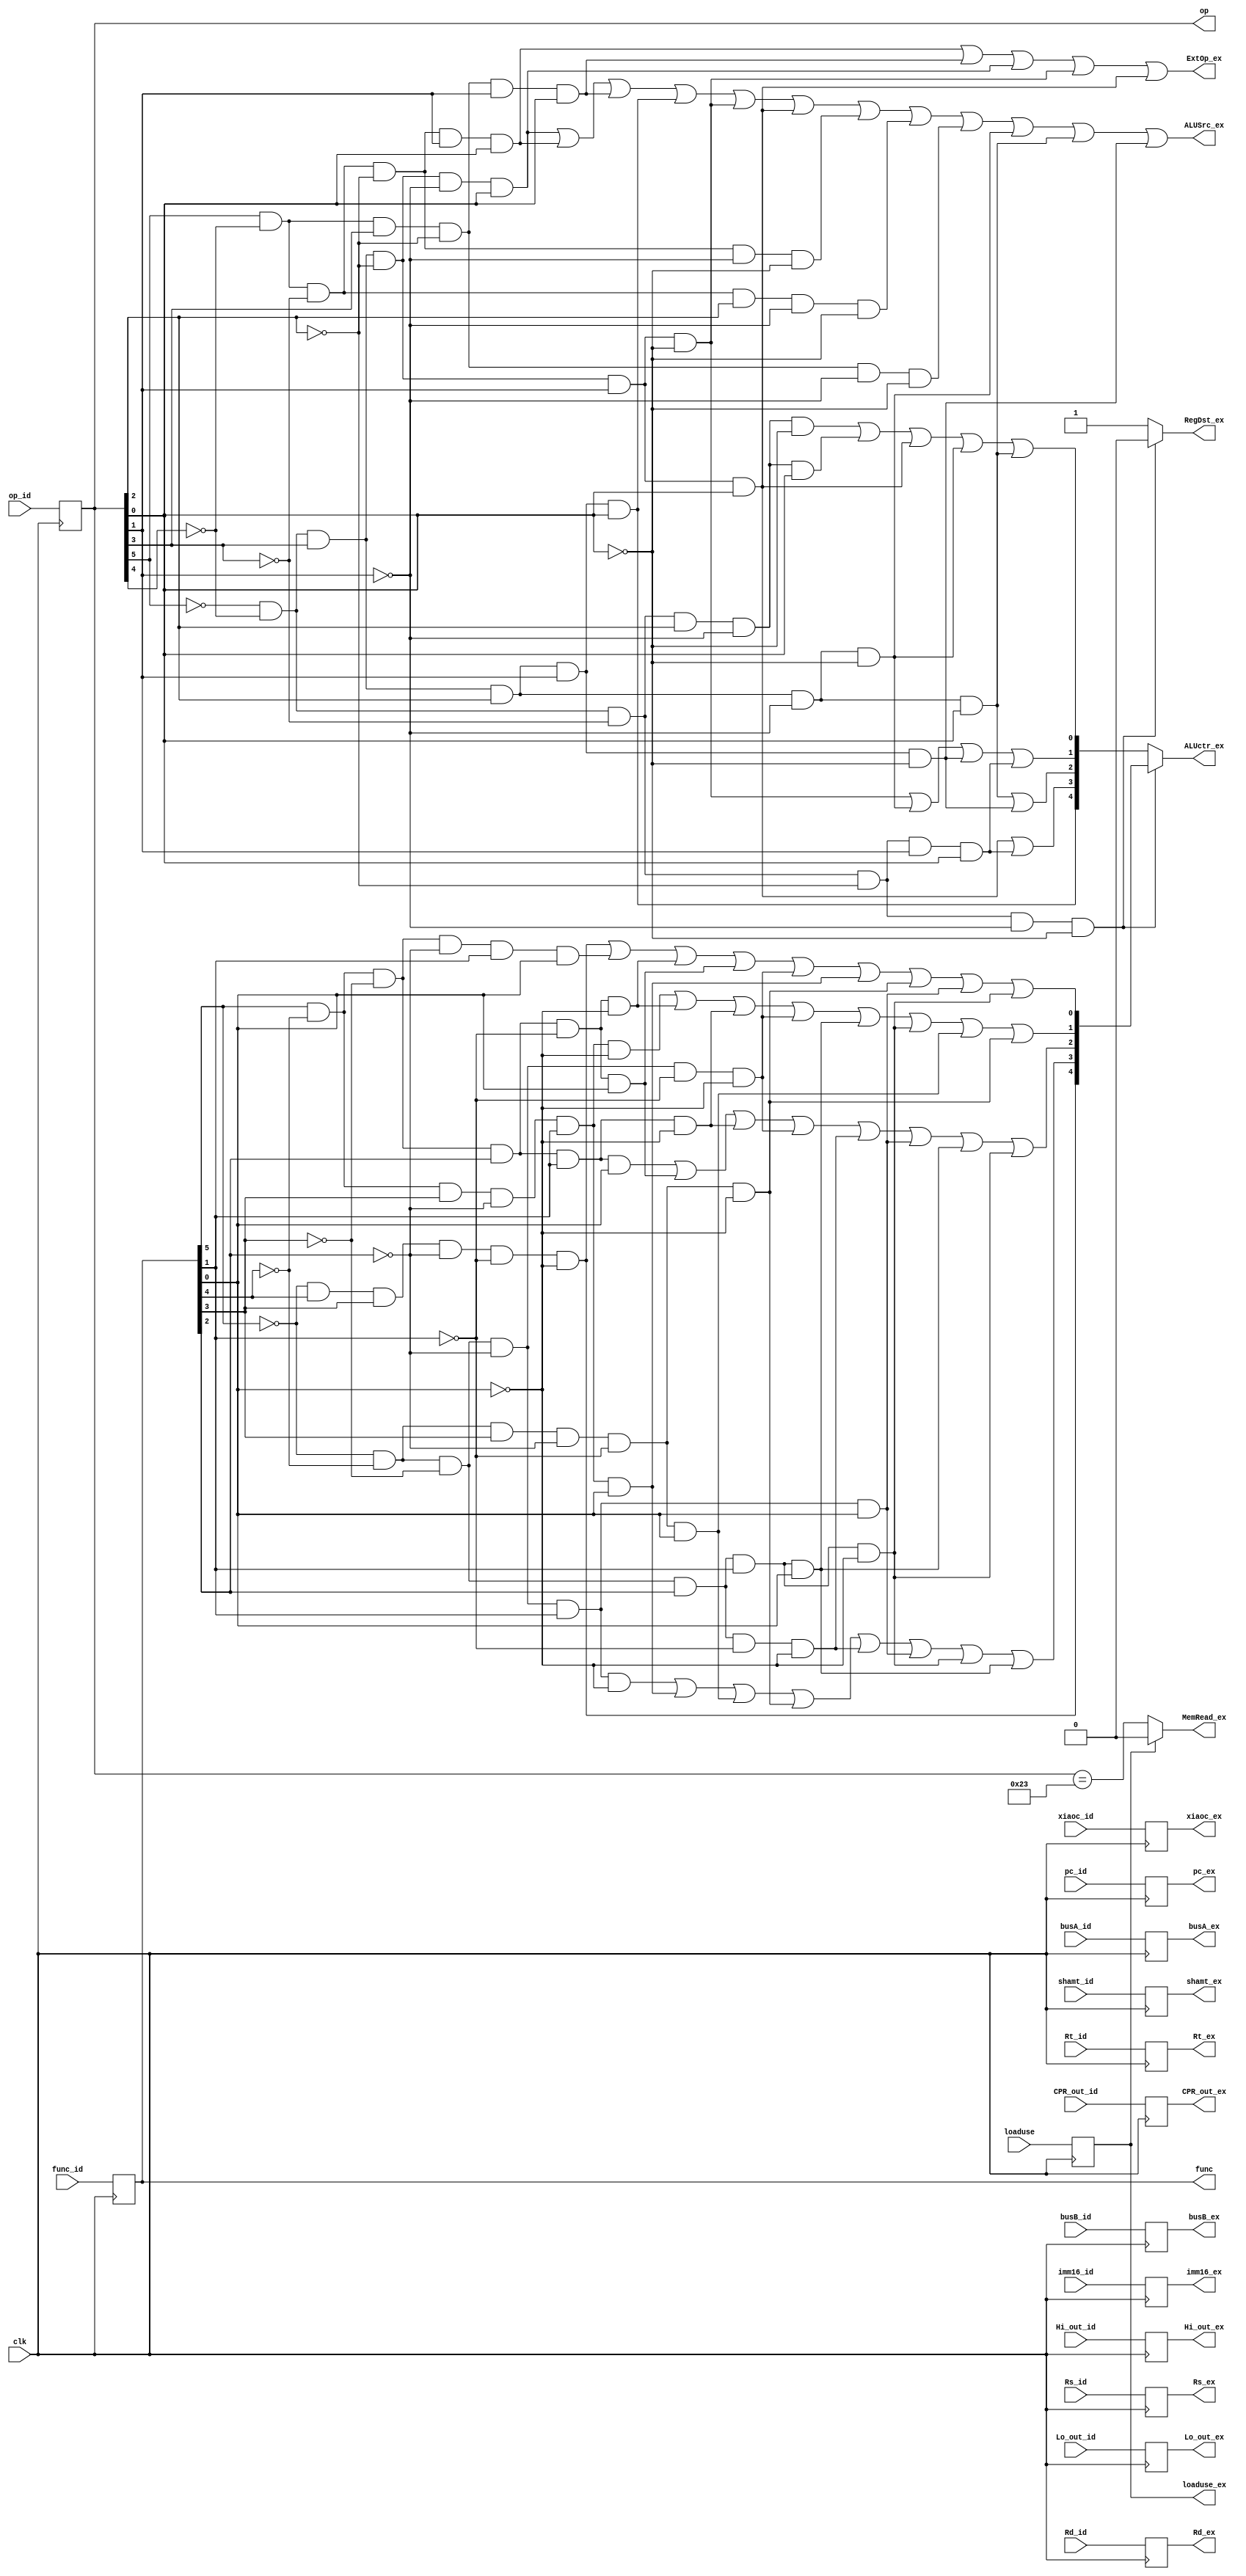
module IDEX_P(input clk,
input [31:0]pc_id,
input xiaoc_id,
input loaduse, 


input [31:0]busA_id,
input [31:0] busB_id,
                        //
input [31:0] Lo_out_id,
input [31:0] Hi_out_id,
input [31:0] CPR_out_id,
input [5:0]  op_id,
input [5:0] func_id,
input [4:0] Rs_id,
input [4:0] Rt_id,
input [4:0] Rd_id,
input [4:0] shamt_id,
input [15:0] imm16_id,

output reg [5:0]  op,
output reg [5:0] func,




output [4:0] ALUctr_ex,
output reg [31:0] busA_ex,
output reg [31:0] busB_ex,
output reg loaduse_ex,
output reg [4:0] shamt_ex,

output  reg  [4:0] Rs_ex,
output reg  [4:0] Rt_ex,
output  reg [4:0] Rd_ex,
output ExtOp_ex,
output RegDst_ex,
output reg MemRead_ex ,
output reg [15:0]imm16_ex,
output ALUSrc_ex,

output reg xiaoc_ex,
output reg [31:0]pc_ex, //
output reg [31:0] Lo_out_ex,
output reg [31:0] Hi_out_ex,
output reg [31:0] CPR_out_ex
);



wire [4:0] funcop,ALUop;
wire Rtype;


assign funcop[0]=(!func[5]&func[4]&func[3]&!func[2]&!func[1]&!func[0])|(func[5]&!func[4]&!func[3]&!func[2]&func[1]&func[0])|(func[5]&!func[4]&!func[3]&func[2]&!func[1]&!func[0])|(func[5]&!func[4]&!func[3]&func[2]&!func[1]&func[0])|(!func[5]&!func[4]&!func[3]&!func[2]&!func[1]&!func[0])|(func[5]&!func[4]&func[3]&!func[2]&func[1]&func[0])|(!func[5]&!func[4]&func[3]&!func[2]&!func[1]&!func[0])|(!func[5]&!func[4]&!func[3]&!func[2]&func[1]&func[0])|(!func[5]&!func[4]&!func[3]&func[2]&func[1]&!func[0]);
assign funcop[1]=(func[5]&!func[4]&func[3]&!func[2]&func[1]&!func[0])|(func[5]&!func[4] &!func[3]&func[2]&!func[1]&!func[0])|(func[5]&!func[4]&!func[3]&func[2]&func[1]& !func[0])|(!func[5]&!func[4]&!func[3]&!func[2]&!func[1]&!func[0])|(!func[5]&!func[4]&!func[3]&func[2]&func[1]&func[0])|(!func[5]&!func[4]&!func[3]&func[2]&func[ 1]&!func[0])|(!func[5]&!func[4]&func[3]&!func[2]&!func[1]&func[0])|(!func[5]&!func[4]&func[3]&!func[2]&!func[1]&!func[0]); 
assign funcop[2]=(func[5]&!func[4]&!func[3]&func[2]&func[1]&func[0])|(func[5]&!func[4]&!func[3]&func[2]&!func[1]&func[0])|(func[5]&!func[4]&!func[3]&func[2]&func[1]&!func[0])|(!func[5]&!func[4]&!func[3]&!func[2]&!func[1]&!func[0])|(!func[5]&!func[4]&!func[3]&func[2]&!func[1]&!func[0])|(!func[5]&!func[4]&!func[3]&!func[2]&func[1]&func[0])|(!func[5]&!func[4]&!func[3]&func[2]&func[1]&func[0])|(!func[5]&!func[4]&!func[3]&func[2]&func[1]&!func[0]);
assign funcop[3]=(!func[5]&!func[4]&!func[3]&!func[2]&func[1]&!func[0])|(func[5]&!func[4]&func[3]&!func[2]&func[1]&func[0])|(!func[5]&!func[4]&func[3]&!func[2]&!func[1]&func[0])|(!func[5]&!func[4]&func[3]&!func[2]&!func[1]&!func[0])|(!func[5]&!func[4]&!func[3]&func[2]&!func[1]&!func[0])|(!func[5]&!func[4]&!func[3]&!func[2]&func[1]&func[0])|(!func[5]&!func[4]&!func[3]&func[2]&func[1]&!func[0])|(!func[5]&!func[4]&!func[3]&func[2]&func[1]&func[0]);
assign funcop[4]=!func[5]&func[4]&func[3]&!func[2]&!func[1]&!func[0];//

assign Rtype=!op[5]&!op[4]&!op[3]&!op[2]&!op[1]&!op[0];   
assign ALUop[0]=(!op[5]&!op[4]&!op[3]&op[2]&!op[1]&!op[0])|(!op[5]&!op[4]&!op[3]&op[2]& !op[1]&op[0])|(!op[5]&!op[4]&op[3]&!op[2]&op[1]&op[0])|(!op[5]&!op[4]&op[3]&op[2 ]&!op[1]&!op[0])|(!op[5]&!op[4]&op[3]&op[2]&!op[1]&op[0]); 
assign ALUop[1]=(!op[5]&!op[4]&op[3]&!op[2]&op[1]&!op[0])|(!op[5]&!op[4]&op[3]&op[2]&!op[1]&!op[0])|(!op[5]&!op[4]&op[3]&op[2]&op[1]&!op[0])|(!op[5]&!op[4]&!op[3]&!op[2]&op[1]&op[0]);
assign ALUop[2]=(!op[5]&!op[4]&op[3]&op[2]&!op[1]&op[0])|(!op[5]&!op[4]&op[3]&op[2]&op[1]&!op[0]);
assign ALUop[3]=(!op[5]&!op[4]&op[3]&!op[2]&op[1]&op[0])|(!op[5]&!op[4]&!op[3]&!op[2]&op[1]&op[0]);
assign ALUop[4]=(!op[5]&!op[4]&op[3]&op[2]&op[1]&op[0]); 

assign ExtOp_ex=(op[5]&!op[4]&!op[3]&!op[2]&op[1]&op[0])|(op[5]&!op[4]&op[3]&!op[2]&op[1]& op[0])|(!op[5]&!op[4]&op[3]&!op[2]&!op[1]&op[0])|(!op[5]&!op[4]&op[3]&!op[2]&op[ 1]&!op[0])|(!op[5]&!op[4]&op[3]&!op[2]&op[1]&op[0]); 
assign RegDst_ex=(!op[5]&!op[4]&!op[3]&!op[2]&!op[1]&!op[0]==1)?0:1; 

assign ALUctr_ex=Rtype?funcop:ALUop;


assign ALUSrc_ex=(!op[5]&!op[4]&op[3]&!op[2]&!op[1]&op[0])|(op[5]&!op[4]&!op[3]&!op[2]&op[1]&op[0])|(op[5]&!op[4]&op[3]&!op[2]&op[1]&op[0])|(!op[5]&!op[4]&op[3]&op[2]&op[1]&op[0])|(!op[5]&!op[4]&op[3]&!op[2]&op[1]&!op[0])|(!op[5]&!op[4]&op[3]&!op[2]&op[1]&op[0])|(op[5]&!op[4]&!op[3]&!op[2]&!op[1]&!op[0])|(op[5]&!op[4]&!op[3]&op[2]&!op[1]&!op[0])|(op[5]&!op[4]&op[3]&!op[2]&!op[1]&!op[0])|(!op[5]&!op[4]&op[3]&op[2]&!op[1]&!op[0])|(!op[5]&!op[4]&op[3]&op[2]&!op[1]&op[0])|(!op[5]&!op[4]&op[3]&op[2]&op[1]&!op[0]);

always @(negedge clk)
begin
  loaduse_ex<= loaduse;
  // instructions_ex<=instructions_id;
  busA_ex<=busA_id;
  busB_ex<=busB_id;
  xiaoc_ex<=xiaoc_id;
  pc_ex<=pc_id;
                                      //
  Hi_out_ex<=Hi_out_id;
  Lo_out_ex<=Lo_out_id;
  CPR_out_ex<=CPR_out_id;
  Rd_ex<=Rd_id;
  Rs_ex<=Rs_id;
  Rt_ex<=Rt_id;
  shamt_ex<=shamt_id;
  imm16_ex<=imm16_id;
  op<=op_id;
  func<=func_id;

end
initial
loaduse_ex=0;

always @(*)
 MemRead_ex=(loaduse_ex==1)?0:(op==6'b100011);  

initial
begin
 MemRead_ex<=0;  
end



endmodule